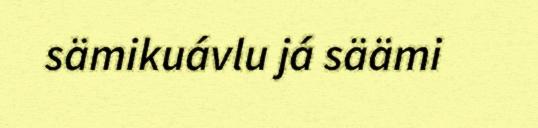
sämikuávlu já säämi